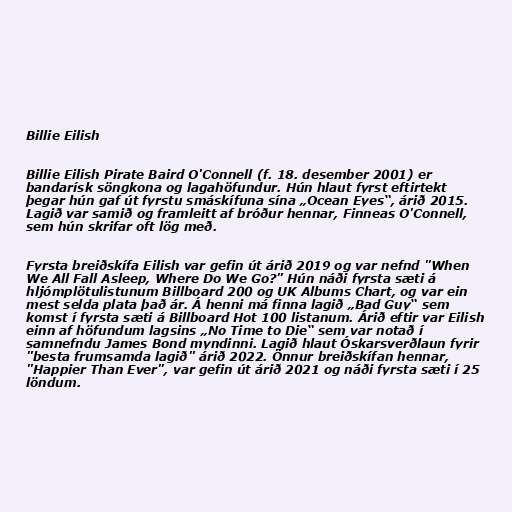
Billie Eilish

Billie Eilish Pirate Baird O'Connell (f. 18. desember 2001) er
bandarísk söngkona og lagahöfundur. Hún hlaut fyrst eftirtekt
þegar hún gaf út fyrstu smáskífuna sína „Ocean Eyes“, árið 2015.
Lagið var samið og framleitt af bróður hennar, Finneas O'Connell,
sem hún skrifar oft lög með.

Fyrsta breiðskífa Eilish var gefin út árið 2019 og var nefnd "When
We All Fall Asleep, Where Do We Go?" Hún náði fyrsta sæti á
hljómplötulistunum Billboard 200 og UK Albums Chart, og var ein
mest selda plata það ár. Á henni má finna lagið „Bad Guy“ sem
komst í fyrsta sæti á Billboard Hot 100 listanum. Árið eftir var Eilish
einn af höfundum lagsins „No Time to Die“ sem var notað í
samnefndu James Bond myndinni. Lagið hlaut Óskarsverðlaun fyrir
"besta frumsamda lagið" árið 2022. Önnur breiðskífan hennar,
"Happier Than Ever", var gefin út árið 2021 og náði fyrsta sæti í 25
löndum.